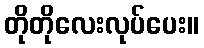
တိုတိုလေးလုပ်ပေး။